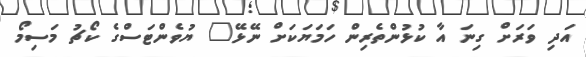
އަދި ވަރަށް ގިނަ އާ ކުޅުންތެރިން ހަމަޔަކަށް ނޭޅޭ" ޔުވެންޓަސްގެ ކޯޗު މަސިމޯ